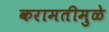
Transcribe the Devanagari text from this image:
करामतीमुळे